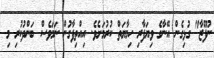
ނުފޫޒާ" ގުޅިގެން އޭނާގެ ވިޔަފާރި ހިމާޔަތް ކުރުމަށެވެ. އިއްތިފާގުން ނަމަވެސް ބަންދުކުރި މި